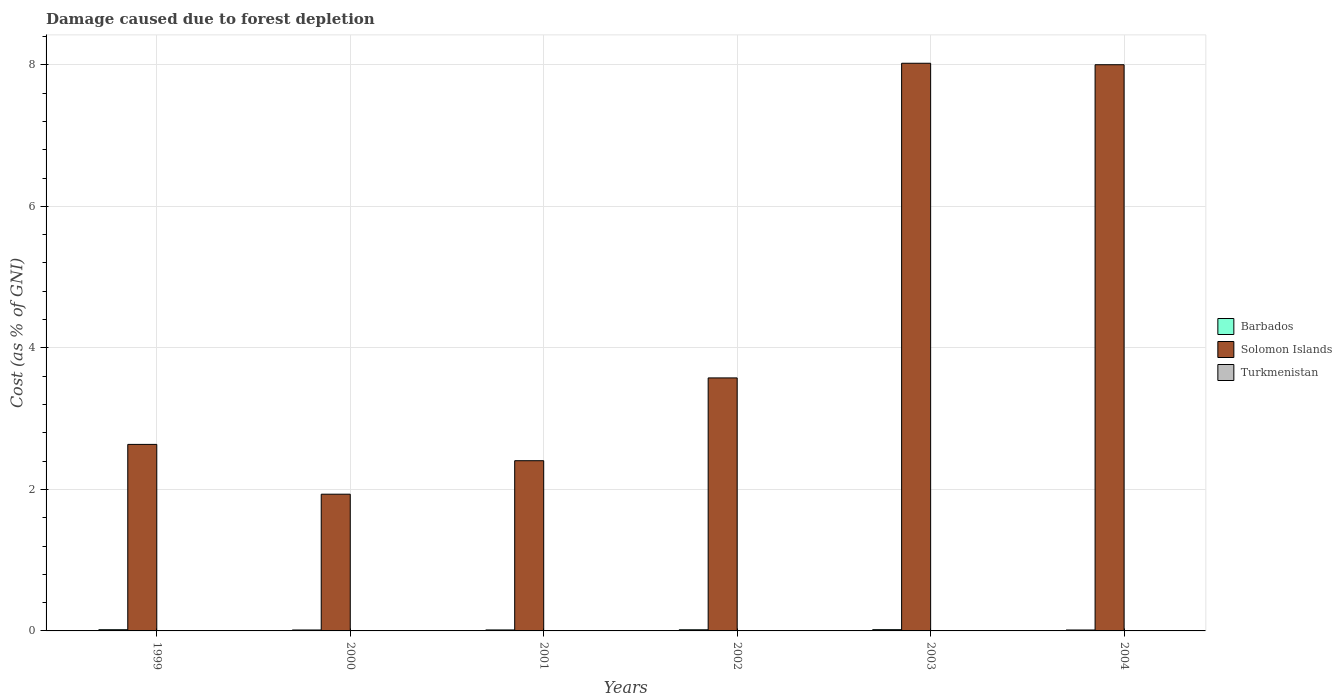
| Years | Barbados | Solomon Islands | Turkmenistan |
 | --- | --- | --- | --- |
 | 1999 | 0.0172 | 2.64 | 0.00138 |
 | 2000 | 0.0132 | 1.93 | 0.000926 |
 | 2001 | 0.0139 | 2.41 | 0.000792 |
 | 2002 | 0.0163 | 3.58 | 0.00083 |
 | 2003 | 0.0179 | 8.02 | 0.00081 |
 | 2004 | 0.0131 | 8 | 0.000624 |